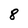
Character: 8